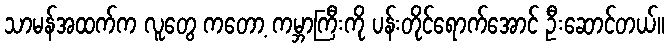
သာမန်အထက်က လူတွေ ကတော့ ကမ္ဘာကြီးကို ပန်းတိုင်ရောက်အောင် ဦးဆောင်တယ်။